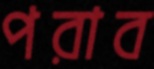
পরাব